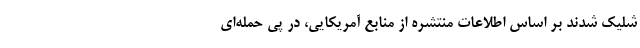
شلیک شدند بر اساس اطلاعات منتشره از منابع آمریکایی، در پی حمله‌ای